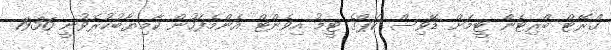
ގްރޭޓް ބްރިޓެން ޓީމަށް ޑޭވިސް ކަޕްގެ ޓީމު އިވެންޓް އެންމެފަހުން ކާމިޔާބުކުރެވުނީ 1936